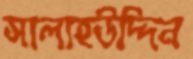
সালাহউদ্দিন